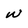
Character: w